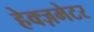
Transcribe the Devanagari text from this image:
हेक्ज़मेटर